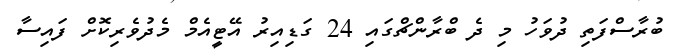
ބުރާސްފަތި ދުވަހު މި ދެ ބްރާންޗްގައި 24 ގަޑިއިރު އޭޓީއެމް މެދުވެރިކޮށް ފައިސާ